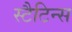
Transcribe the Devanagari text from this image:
स्टैटिन्स